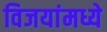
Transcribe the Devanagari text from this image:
विजयांमध्ये